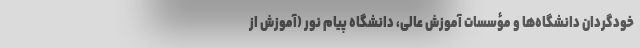
خودگردان دانشگاه‌ها و مؤسسات آموزش عالی، دانشگاه پیام نور (آموزش از